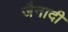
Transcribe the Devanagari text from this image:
जैनादी